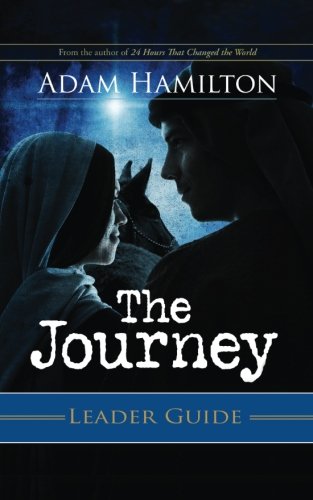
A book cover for The Journey Leader Guide: Walking the Road to Bethlehem; Adam Hamilton; Christian Books & Bibles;